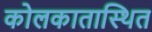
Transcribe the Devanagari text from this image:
कोलकातास्थित